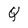
Character: Q